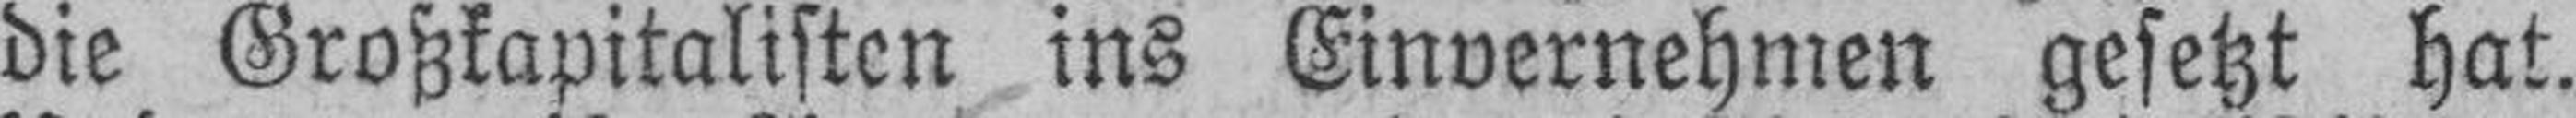
die Großkapitalisten ins Einvernehmen gesetzt hat.